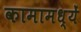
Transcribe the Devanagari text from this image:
कामामध्यें